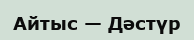
Айтыс — Дәстүр